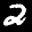
Label: 2